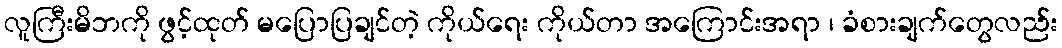
လူကြီးမိဘကို ဖွင့်ထုတ် မပြောပြချင်တဲ့ ကိုယ်ရေး ကိုယ်တာ အကြောင်းအရာ ၊ ခံစားချက်တွေလည်း